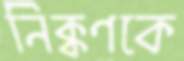
নিক্কণকে